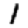
Digit: 1